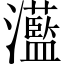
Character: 灆